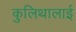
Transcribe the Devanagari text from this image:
कुलिथालाई